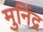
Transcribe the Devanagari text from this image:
मुनिंद्र